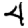
Digit: 4